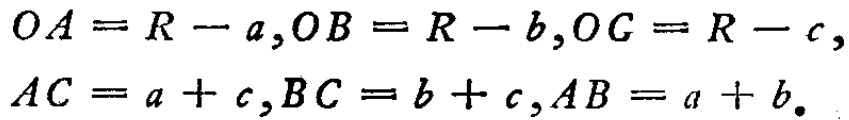
\[
\begin{align*}
OA&=R - a,OB = R - b,OC = R - c,\\
AC&=a + c,BC = b + c,AB = a + b.
\end{align*}
\]